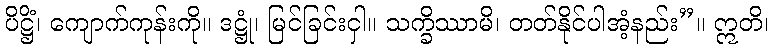
ပိဋ္ဌိံ၊ ကျောက်ကုန်းကို။ ဒဋ္ဌုံ၊ မြင်ခြင်းငှါ။ သက္ခိဿာမိ၊ တတ်နိုင်ပါအံ့နည်း”။ ဣတိ၊